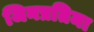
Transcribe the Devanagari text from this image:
जिनप्रतिमा